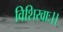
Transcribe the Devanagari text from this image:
विशिखाः।।